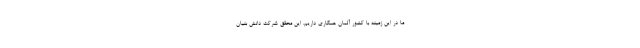
ما در این زمینه با کشور آلمان همکاری داریم. این محقق شرکت دانش بنیان